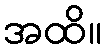
အထိ။